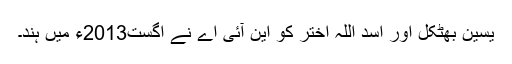
یسین بھٹکل اور اسد اللہ اختر کو این آئی اے نے اگست2013ء میں ہند۔